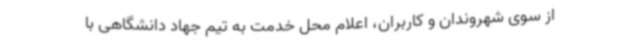
از سوی شهروندان و کاربران، اعلام محل خدمت به تیم جهاد دانشگاهی با